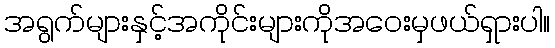
အရွက်များနှင့်အကိုင်းများကိုအဝေးမှဖယ်ရှားပါ။